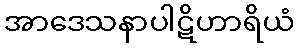
အာဒေသနာပါဋိဟာရိယံ